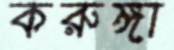
করুঙ্গা